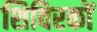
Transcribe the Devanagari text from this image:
शिविरकों